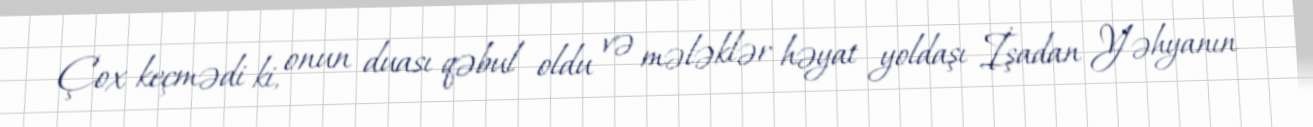
Çox keçmədi ki, onun duası qəbul oldu və mələklər həyat yoldaşı İşadan Yəhyanın